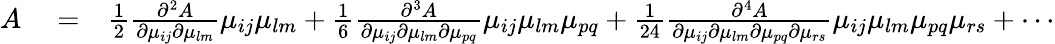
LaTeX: \begin{array}{rlr}{A}&{{}=}&{\frac{1}{2}\frac{\partial^{2}A}{\partial\mu_{ij}\partial\mu_{lm}}\mu_{ij}\mu_{lm}+\frac{1}{6}\frac{\partial^{3}A}{\partial\mu_{ij}\partial\mu_{lm}\partial\mu_{pq}}\mu_{ij}\mu_{lm}\mu_{pq}+\frac{1}{24}\frac{\partial^{4}A}{\partial\mu_{ij}\partial\mu_{lm}\partial\mu_{pq}\partial\mu_{rs}}\mu_{ij}\mu_{lm}\mu_{pq}\mu_{rs}+\cdots}\end{array}